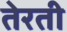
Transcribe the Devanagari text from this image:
तेरती